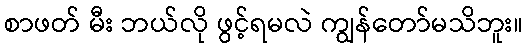
စာဖတ် မီး ဘယ်လို ဖွင့်ရမလဲ ကျွန်တော်မသိဘူး။